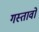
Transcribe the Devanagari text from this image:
गस्तावो